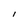
Character: I